Plague in India, 1896, 1897 - Volume 2
Year: 1896
Disease focus: Plague
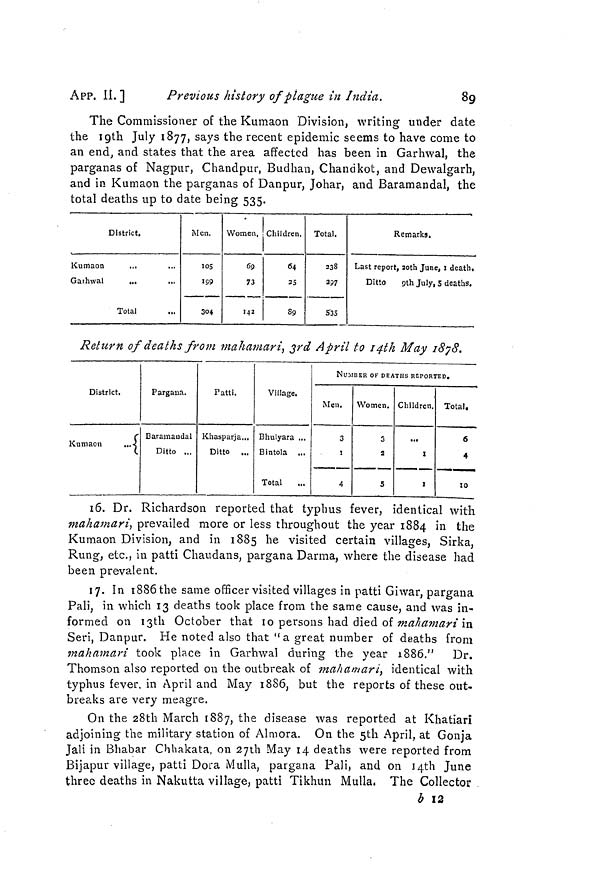
APP. II. ]
Previous history of plague in India.
89
The Commissioner of the Kumaon Division, writing under date
the 19th July 1877, says the recent epidemic seems to have come to
an end, and states that the area affected has been in Garhwal, the
parganas of Nagpur, Chandpur, Budhan, Chandkot, and Dewalgarh,
and in Kumaon the parganas of Danpur, Johar, and Baramandal, the
total deaths up to date being 535.
District.
Kumaon
...
Garhwal
Total
Men,
105
199
304
Women.
69
73
1-42
Children.
64
35
89
Total.
238
297
535
Remarks.
Last report, 2oth June,1 death.
Ditto
9th July, 5 deaths.
Return of deaths from mahamari, 3rd April to 14th May 1878.
District.
Kumaon
...
Pargana.
Baramandal
Ditto ...
Patti.
Khasparja...
Ditto ...
Village.
Bhulyara ...
Bintola ...
Total
...
NUMBER OF DEATHS REPORTED.
Men.
3
1
4
Women.
3
2
5
Children.
1
1
Total.
6
4
10
16. Dr. Richardson reported that typhus fever, identical with
mahamari, prevailed more or less throughout the year 1884 in the
Kumaon Division, and in 1885 he visited certain villages, Sirka,
Rung, etc., in patti Chaudans, pargana Darma, where the disease had
been prevalent.
17. In 1886 the same officer visited villages in patti Giwar, pargana
Pali, in which 13 deaths took place from the same cause, and was in
formed on 13th October that 10 persons had died of mahamari in
Seri, Danpur. He noted also that "a great number of deaths from
mahamari took place in Garhwal during the year 1886." Dr.
Thomson also reported on the outbreak of mahamari, identical with
typhus fever, in April and May 1886, but the reports of these out
breaks are very meagre.
On the 28th March 1887, the disease was reported at Khatiari
adjoining the military station of Almora. On the 5th April, at Gonja
Jali in Bhabar Chhakata, on 27th May 14 deaths were reported from
Bijapur village, patti Dora Mulla, pargana Pali, and on 14th June
three deaths in Nakutta village, patti Tikhun Mulla, The Collector
b 12